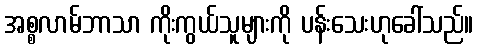
အစ္စလာမ်ဘာသာ ကိုးကွယ်သူများကို ပန်းသေးဟုခေါ်သည်။